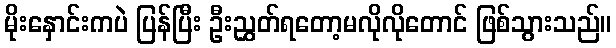
မိုးနှောင်းကပဲ ပြန်ပြီး ဦးညွှတ်ရတော့မလိုလိုတောင် ဖြစ်သွားသည်။